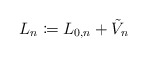
\begin{align*} L_n\coloneqq L_{0,n}+\tilde V_n\end{align*}